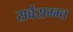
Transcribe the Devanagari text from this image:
सर्वसम्म्त